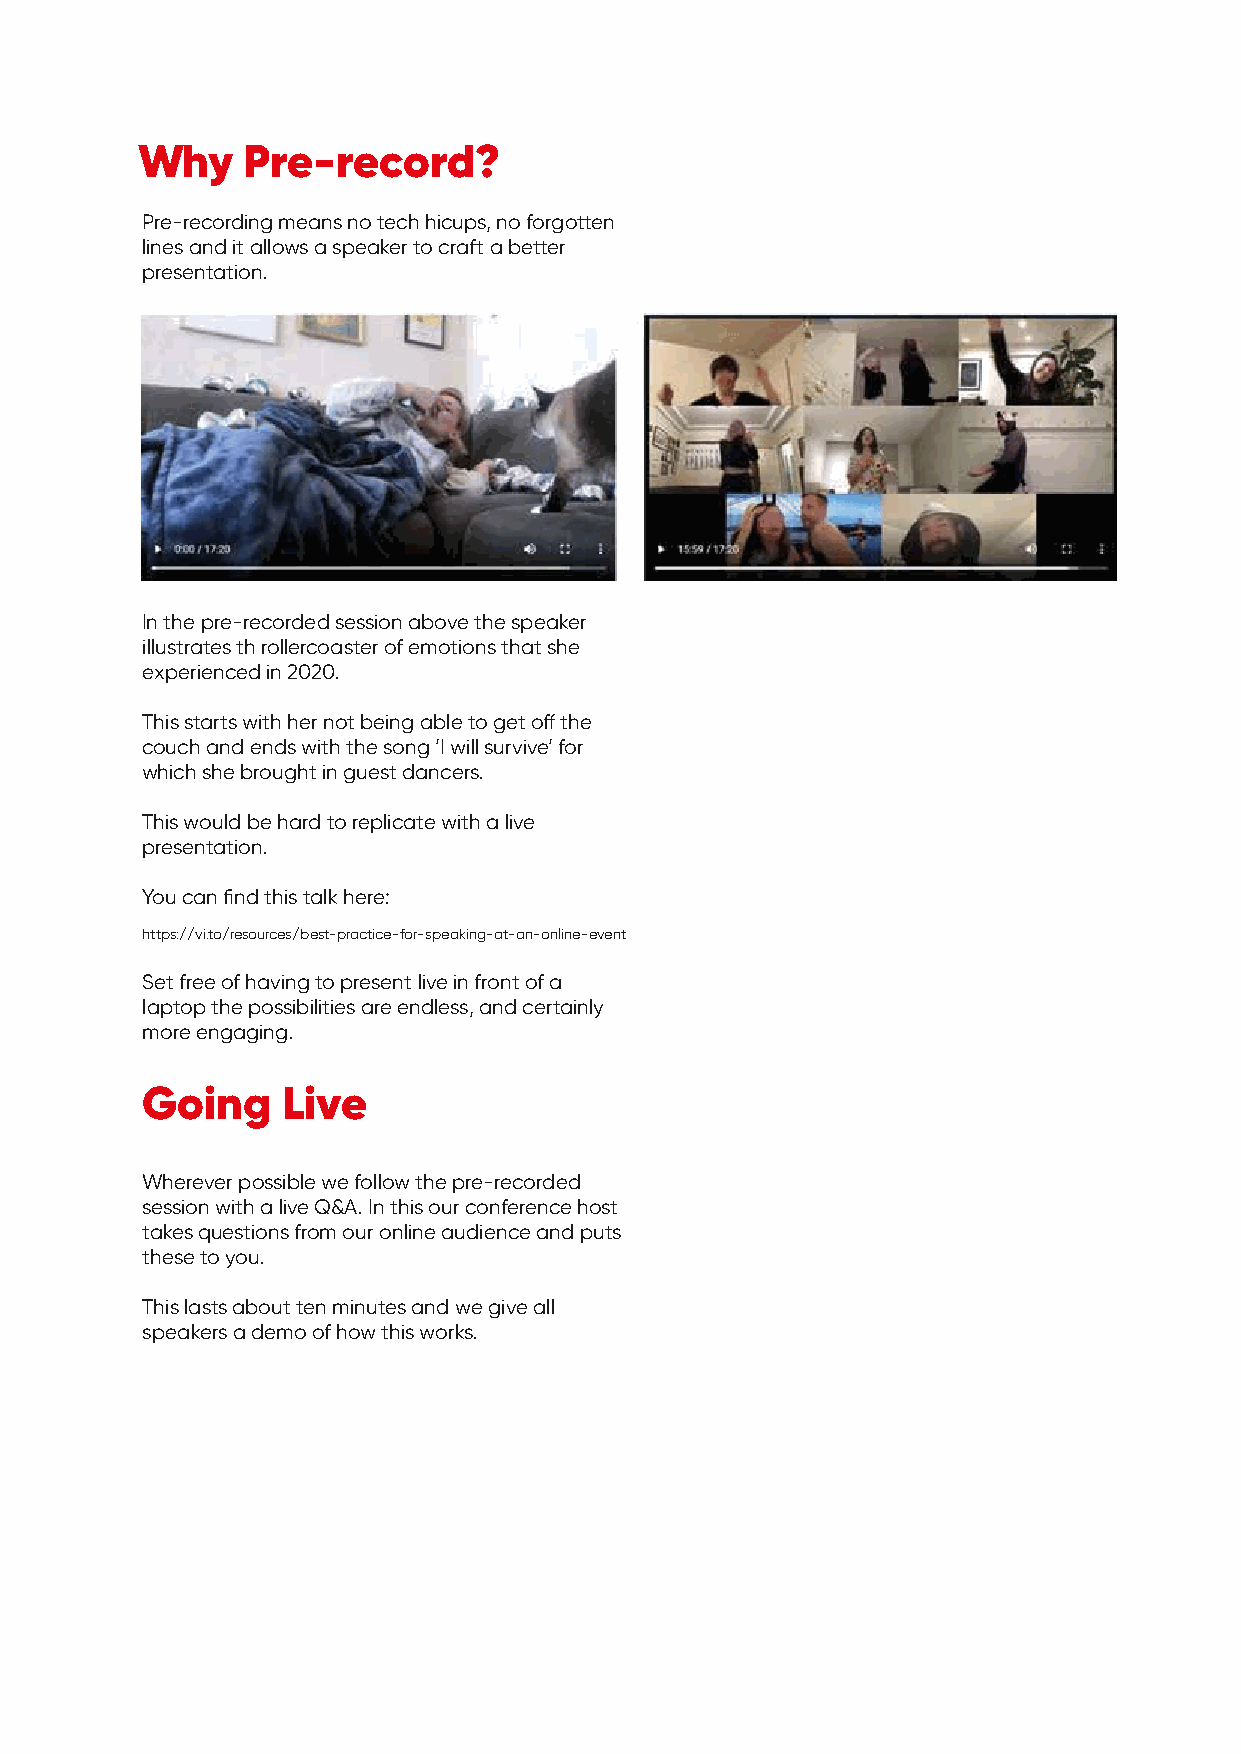
Why    Pre-record?
 Pre-recording means no tech hicups, no forgotten
 lines and it allows a speaker to craft a better
 presentation.
 In the pre-recorded session above the speaker
 illustrates th rollercoaster of emotions that she
 experienced in 2020.
 This starts with her not being able to get off the
 couch and ends with the song ’I will survive’ for
 which she brought in guest dancers.
 This would be hard to replicate with a live
 presentation.
 You can find this talk here:
 https://vi.to/resources/best-practice-for-speaking-at-an-online-event
 Set free of having to present live in front of a
 laptop the possibilities are endless, and certainly
 more engaging.
 Going     Live
 Wherever possible we follow the pre-recorded
 session with a live Q&A. In this our conference host
 takes questions from our online audience and puts
 these to you.
 This lasts about ten minutes and we give all
 speakers a demo of how this works.